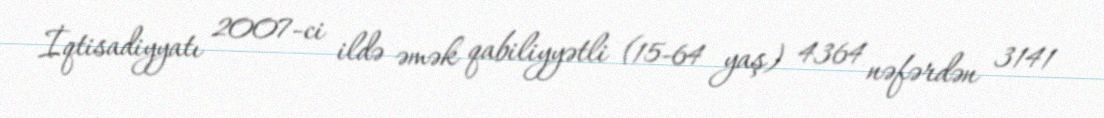
İqtisadiyyatı 2007-ci ildə əmək qabiliyyətli (15-64 yaş) 4364 nəfərdən 3141